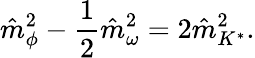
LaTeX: \hat{m}_{\phi}^{2}-\frac{1}{2}\hat{m}_{\omega}^{2}=2\hat{m}_{K^{*}}^{2}.